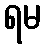
ရမ